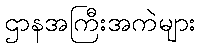
ဌာနအကြီးအကဲများ